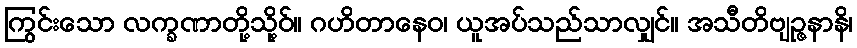
ကြွင်းသော လက္ခဏာတို့သို့ဝ်။ ဂဟိတာနေဝ၊ ယူအပ်သည်သာလျှင်။ အသီတိဗျဉ္ဇနာနိ၊